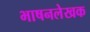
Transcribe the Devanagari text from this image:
भाषनलेखक